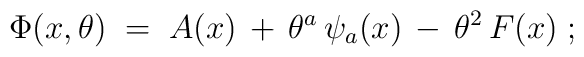
\Phi(x,\theta) \; = \; A(x) \, + \, \theta^a \, \psi_a(x) \, - \, \theta^2\, F(x) \; ;